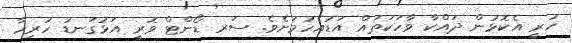
ހުރީ އެކޮޅުން ދައްކާ ވާހަކަތައް އަޑުއެހުމަށެވެ. ސަރ ޑޯންޓް ވޮރީ އަޅުގަނޑު ހުރިހާ